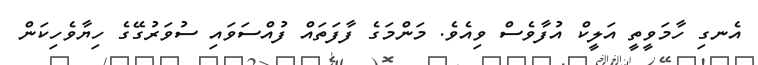
އެނގި ހާމަވީތީ އަލީކް އުފާވެސް ވިއެވެ. މަންމަގެ ފާފަތައް ފުއްސަވައި ސުވަރުގޭގެ ހިޔާވެހިކަން